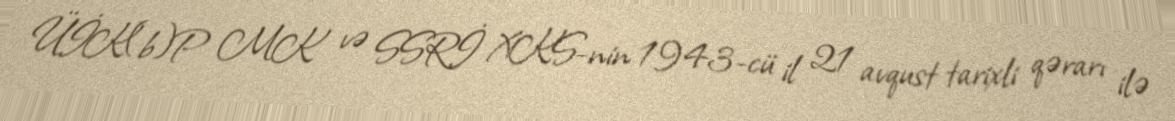
ÜİK(b)P MK və SSRİ XKS-nin 1943-cü il 21 avqust tarixli qərarı ilə